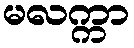
မလက္ကာ